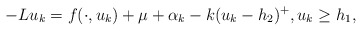
\begin{align*}-Lu_{k}=f(\cdot, u_{k})+\mu+\alpha_{k}-k(u_{k}-h_{2})^{+}, u_{k}\ge h_{1},\end{align*}